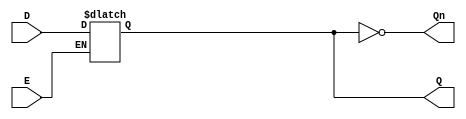
module async_gated_latch (
    input wire D,      // Data input
    input wire E,      // Enable/control signal
    output reg Q,      // Output
    output wire Qn     // Inverted output
);

// Inverted output
assign Qn = ~Q;

// Always block for asynchronous behavior
always @(*) begin
    if (E) begin
        Q = D; // When E is high, Q follows D
    end
    // When E is low, Q retains its current state
end

// Initial state definition (optional, based on design requirements)
initial begin
    Q = 1'b0; // Initialize Q to 0 (can be changed based on requirements)
end

endmodule